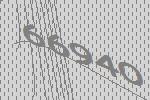
66940